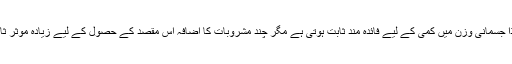
اگرچہ اچھی غذا جسمانی وزن میں کمی کے لیے فائدہ مند ثابت ہوتی ہے مگر چند مشروبات کا اضافہ اس مقصد کے حصول کے لیے زیادہ موثر ثابت ہوسکتا ہے۔